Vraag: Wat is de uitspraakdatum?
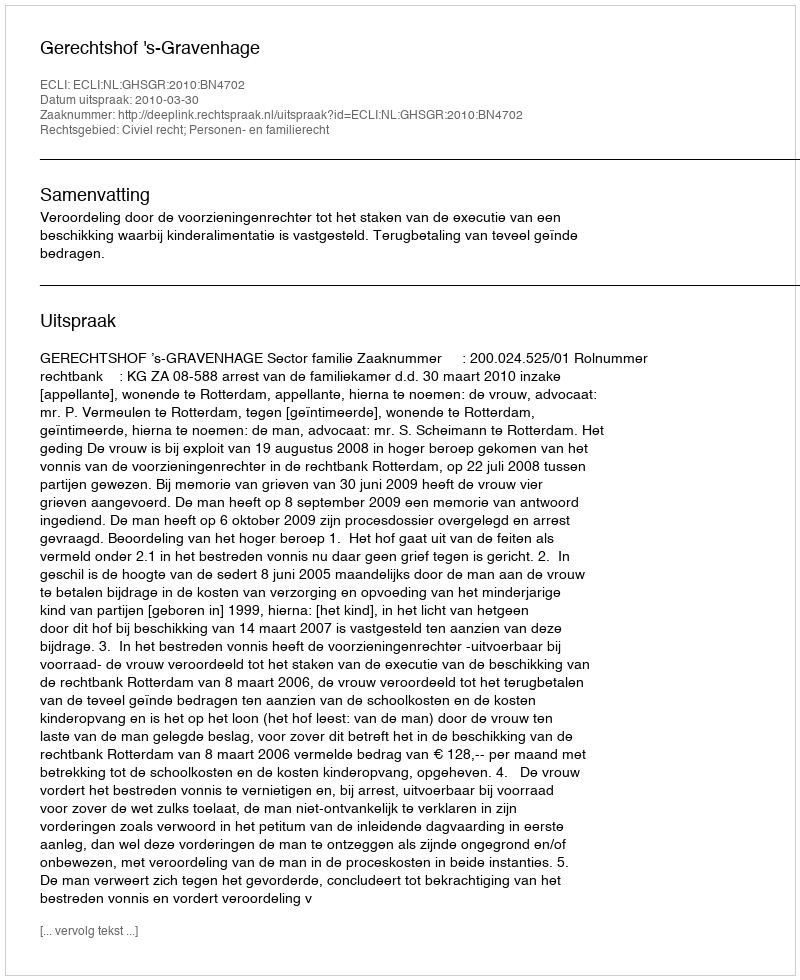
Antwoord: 2010-03-30